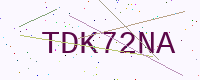
Text: TDK72NA